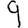
Digit: 9